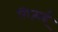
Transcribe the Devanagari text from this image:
ग़िज़ाई